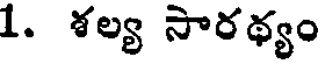
1. శల్య సారథ్యం